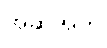
အဆိုအက